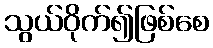
သွယ်ဝိုက်၍ဖြစ်စေ